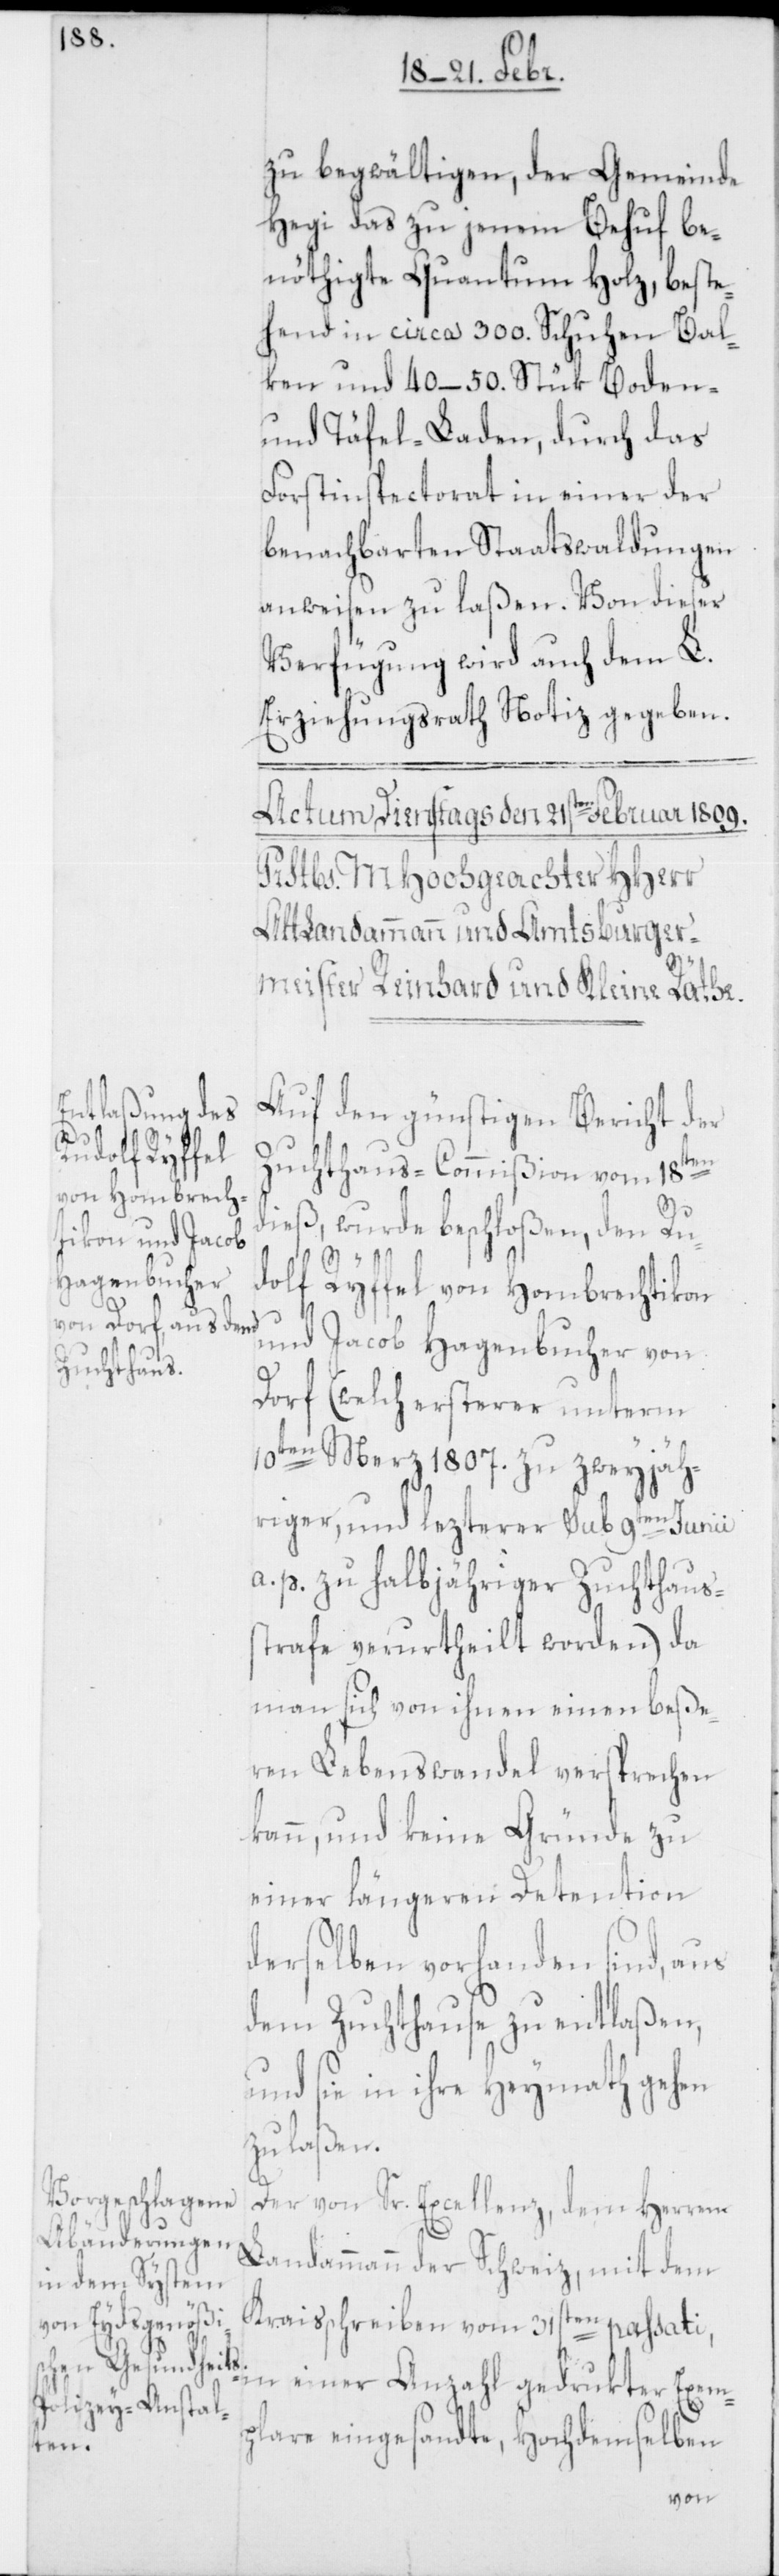
zu begwältigen, der Gemeinde
Hegi das zu jenem Behuf be¬
nöthigte Quantum Holz, beste¬
hend in circa 300. Schuhen Bal¬
ken und 40–50. Stük Boden-
und Täfel-Laden, durch das
Forstinspectorat in einer der
benachbarten Staatswaldungen
Verfügung wird auch dem L.
Erziehungsrath Notiz gegeben.
Auf den günstigen Bericht der
Zuchthaus-Commißion vom 18ten
dieß, wurde beschloßen, den Ru¬
dolf Ryffel von Hombrechtikon
und Jacob Hagenbucher von
Dorf (welch ersterer unterm
10ten Merz 1807. zu zweyjäh¬
riger, und lezterer sub 9ten Junii
a. p. zu halbjähriger Zuchthaus¬
strafe verurtheilt worden) da
man sich von ihnen einen beße¬
ren Lebenswandel versprechen
kann, und keine Gründe zu
einer längeren Detention
derselben vorhanden sind, aus
dem Zuchthause zu entlaßen,
und sie in ihre Heymath gehen
zu laßen.
Der von Sr. Excellenz, dem Herren
Landammann der Schweiz, mit dem
Kraisschreiben vom 31sten passati,
in einer Anzahl gedrukter Exem¬
plare eingesandte, hochdemselben